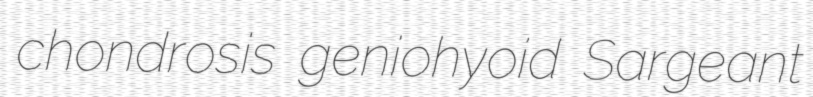
chondrosis geniohyoid Sargeant